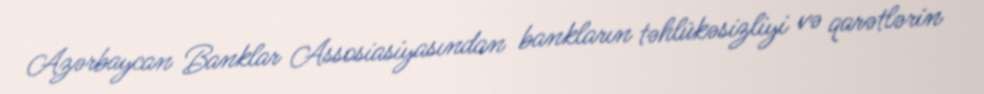
Azərbaycan Banklar Assosiasiyasından bankların təhlükəsizliyi və qarətlərin